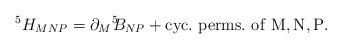
LaTeX: \begin{align*}^5H_{MNP}={\partial_{M}}^5\!\!B_{NP}+ {\rm cyc.\,\, perms. \,\,of \,\,M,N,P.}\end{align*}